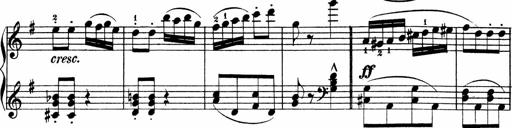
Title: 3 Sonatinen
Composer: Heinrich Lichner